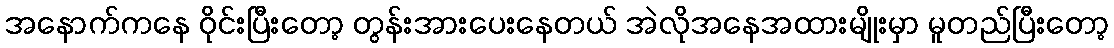
အနောက်ကနေ ဝိုင်းပြီးတော့ တွန်းအားပေးနေတယ် အဲလိုအနေအထားမျိုးမှာ မူတည်ပြီးတော့